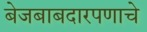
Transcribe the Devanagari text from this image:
बेजबाबदारपणाचे